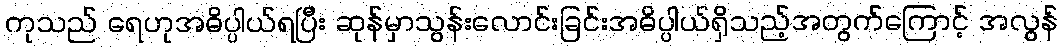
ကုသည် ရေဟုအဓိပ္ပါယ်ရပြီး ဆုန်မှာသွန်းလောင်းခြင်းအဓိပ္ပါယ်ရှိသည့်အတွက်ကြောင့် အလွန်